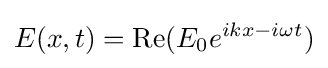
E(x,t)=\operatorname {Re} (E_{0}e^{ikx-i\omega t})